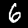
Digit: 6